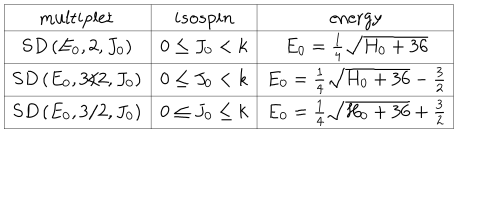
\begin{array} { | c | c | c | } \hline { { \mathrm { m u l t i p l e t } } } & { { { i s o s p i n } } } & { { \mathrm { e n e r g y } } } \\ \hline { { S D \left( E _ { 0 } , 2 , J _ { 0 } \right) } } & { { 0 \le J _ { 0 } < k } } & { { E _ { 0 } = { \frac { 1 } { 4 } } \sqrt { H _ { 0 } + 3 6 } } } \\ \hline { { S D \left( E _ { 0 } , 3 / 2 , J _ { 0 } \right) } } & { { 0 \le J _ { 0 } < k } } & { { E _ { 0 } = { \frac { 1 } { 4 } } \sqrt { H _ { 0 } + 3 6 } - { \frac { 3 } { 2 } } } } \\ \hline { { S D \left( E _ { 0 } , 3 / 2 , J _ { 0 } \right) } } & { { 0 \le J _ { 0 } \le k } } & { { E _ { 0 } = { \frac { 1 } { 4 } } \sqrt { H _ { 0 } + 3 6 } + { \frac { 3 } { 2 } } } } \\ \hline { { } } \\ \end{array}